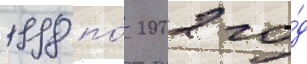
1998 по́ 2002 го́д